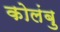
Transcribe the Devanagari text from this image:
कोलंबु